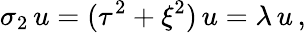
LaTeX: \sigma_{2}\, u=(\tau^{2}+\xi^{2})\, u=\lambda\, u\, ,